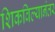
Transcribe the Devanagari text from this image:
शिकविल्यानंतर